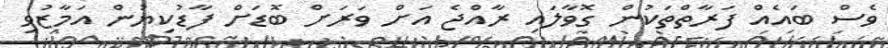
ވެސް ބައެއް ފަރާތްތަކުން ގޮވާލައި ރާއްޖެ އަށް ވަރަށް ބޮޑަށް ފާޑުކިޔުން އަމާޒުވި